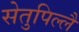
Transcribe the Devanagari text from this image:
सेतुपिल्लै